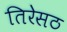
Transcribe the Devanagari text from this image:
तिरेसठ